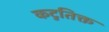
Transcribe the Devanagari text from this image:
कटुतिक्त